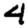
Digit: 4